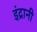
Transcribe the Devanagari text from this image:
इंद्रानी